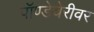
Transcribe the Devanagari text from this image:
पॉण्डेचेरीवर